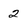
Character: 2